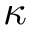
\kappa